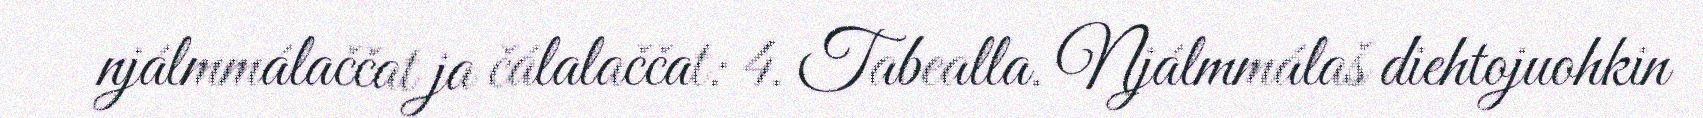
njálmmálaččat ja čálalaččat: 4. Tabealla. Njálmmálaš diehtojuohkin